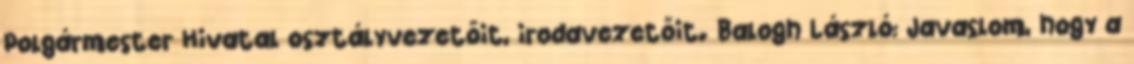
Polgármester Hivatal osztályvezetőit, irodavezetőit. Balogh László: Javaslom, hogy a